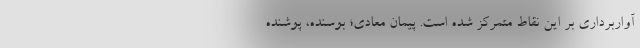
آواربرداری بر این نقاط متمرکز شده است. پیمان معادی؛ بوسنده، پوشنده